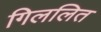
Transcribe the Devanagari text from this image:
गिललित